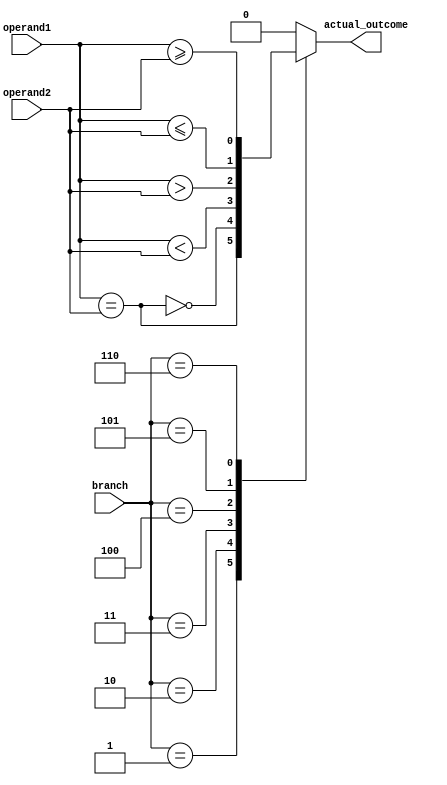
module Branch_decision(
input [2:0] branch,
input [31:0] operand1, operand2,
output reg actual_outcome
);


	always @(*) begin

		case (branch)
		
			3'b001 : actual_outcome = (operand1 == operand2);
			
			3'b010 : actual_outcome = ~(operand1 == operand2);
			
			3'b011 : actual_outcome = (operand1 < operand2);
			
			3'b100 : actual_outcome = (operand1 > operand2);
			
			3'b101 : actual_outcome = (operand1 <= operand2);
			
			3'b110 : actual_outcome = (operand1 >= operand2);
			
			default  actual_outcome = 1'b0;
			
		
		endcase



	end


endmodule